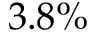
3 . 8 \%